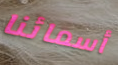
أسمائنا